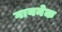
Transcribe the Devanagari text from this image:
गायनेक